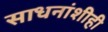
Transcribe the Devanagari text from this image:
साधनांशीही